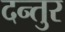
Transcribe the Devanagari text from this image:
दन्तुर